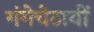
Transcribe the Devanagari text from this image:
गंगेचेठायीं